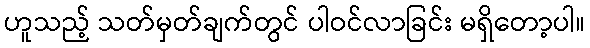
ဟူသည့် သတ်မှတ်ချက်တွင် ပါဝင်လာခြင်း မရှိတော့ပါ။